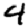
Digit: 4